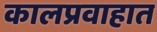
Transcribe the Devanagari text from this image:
कालप्रवाहात